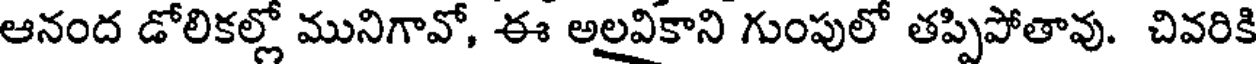
ఆనంద డోలికల్లో మునిగావో, ఈ అలవికాని గుంపులో తప్పిపోతావు. చివరికి